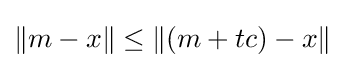
\|m-x\|\leq \|(m+tc)-x\|